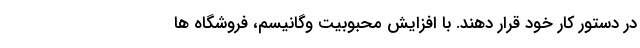
در دستور کار خود قرار دهند. با افزایش محبوبیت وگانیسم، فروشگاه ها